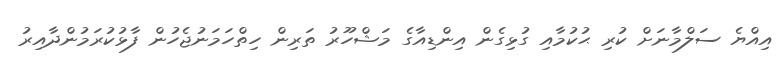
އިއްޔެ ސަލްމާނަށް ކުރި ޙުކުމާއި ގުޅިގެން އިންޑިއާގެ މަޝްހޫރު ތަރިން ހިތްހަމަނުޖެހުން ފާޅުކުރަމުންދާއިރު